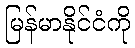
မြန်မာနိုင်ငံကို